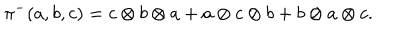
LaTeX: \pi ^ { - } ( a , b , c ) = c \otimes b \otimes a + a \otimes c \otimes b + b \otimes a \otimes c .